Vaccination United Provinces of Agra and Oudh 1902-1913 - 1902-1913
Year: 1902
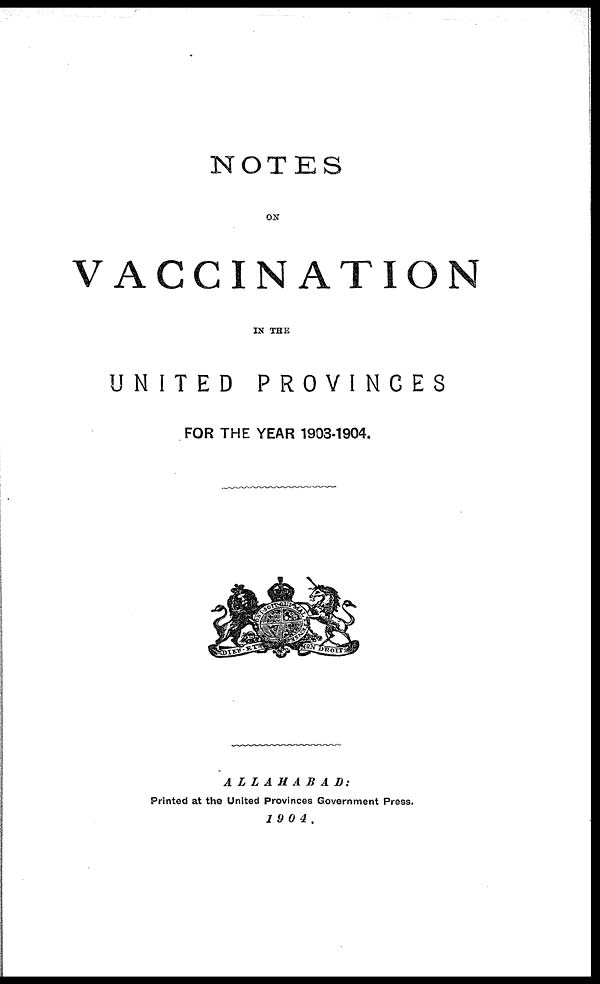
NOTES
ON
VACCINATION
IN THE
UNITED
PROVINCES
FOR THE YEAR 1903-1904.
ALLAHABAD:
Printed at the United Provinces Government Press.
1904.